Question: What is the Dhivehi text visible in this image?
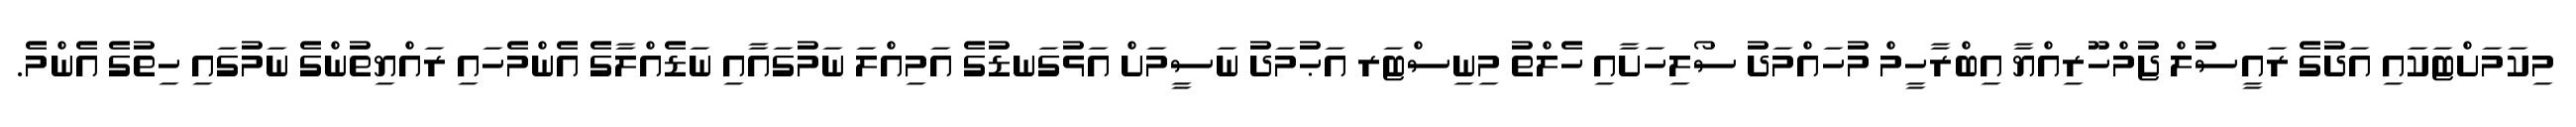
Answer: މިކަމަށްޓަކައި އަދުގެ ރައީސުލް ޖުމްހޫރިއްޔާ އިބްރާހީމް މުހައްމަދު ސޯލިހަށާއި ހެލްތު މިނިސްޓަރ އަޙުމަދު ނަސީމަށް އަޅުގަނޑުގެ އަމިއްލަ ނަމުގައާއި ނަޑެއްލާގެ އެންމެހައި ރައްޔިތުންގެ ނަމުގައި ހިތުގެ އެންމެ.